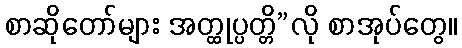
စာဆိုတော်များ အတ္ထုပ္ပတ္တိ”လို စာအုပ်တွေ။